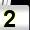
Digit: 2